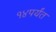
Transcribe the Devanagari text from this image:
१४पर्यंत